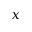
x